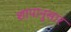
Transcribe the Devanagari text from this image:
शापानुसार